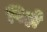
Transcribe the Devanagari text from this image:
पिहो